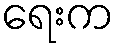
ရေးက